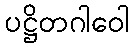
ပဋ္ဌိတဂါဝေါ